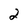
Character: 2